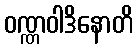
ဝဏ္ဏဝါဒိနောတိ